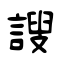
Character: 謏